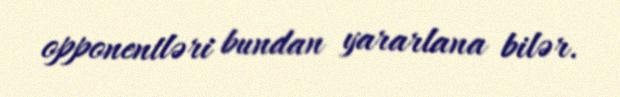
opponentləri bundan yararlana bilər.